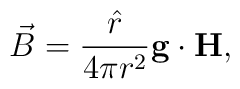
\vec{B} = {{\hat r} \over 4\pi r^2} {\bf g\cdot H},